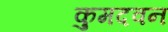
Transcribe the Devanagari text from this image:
कुमदवन